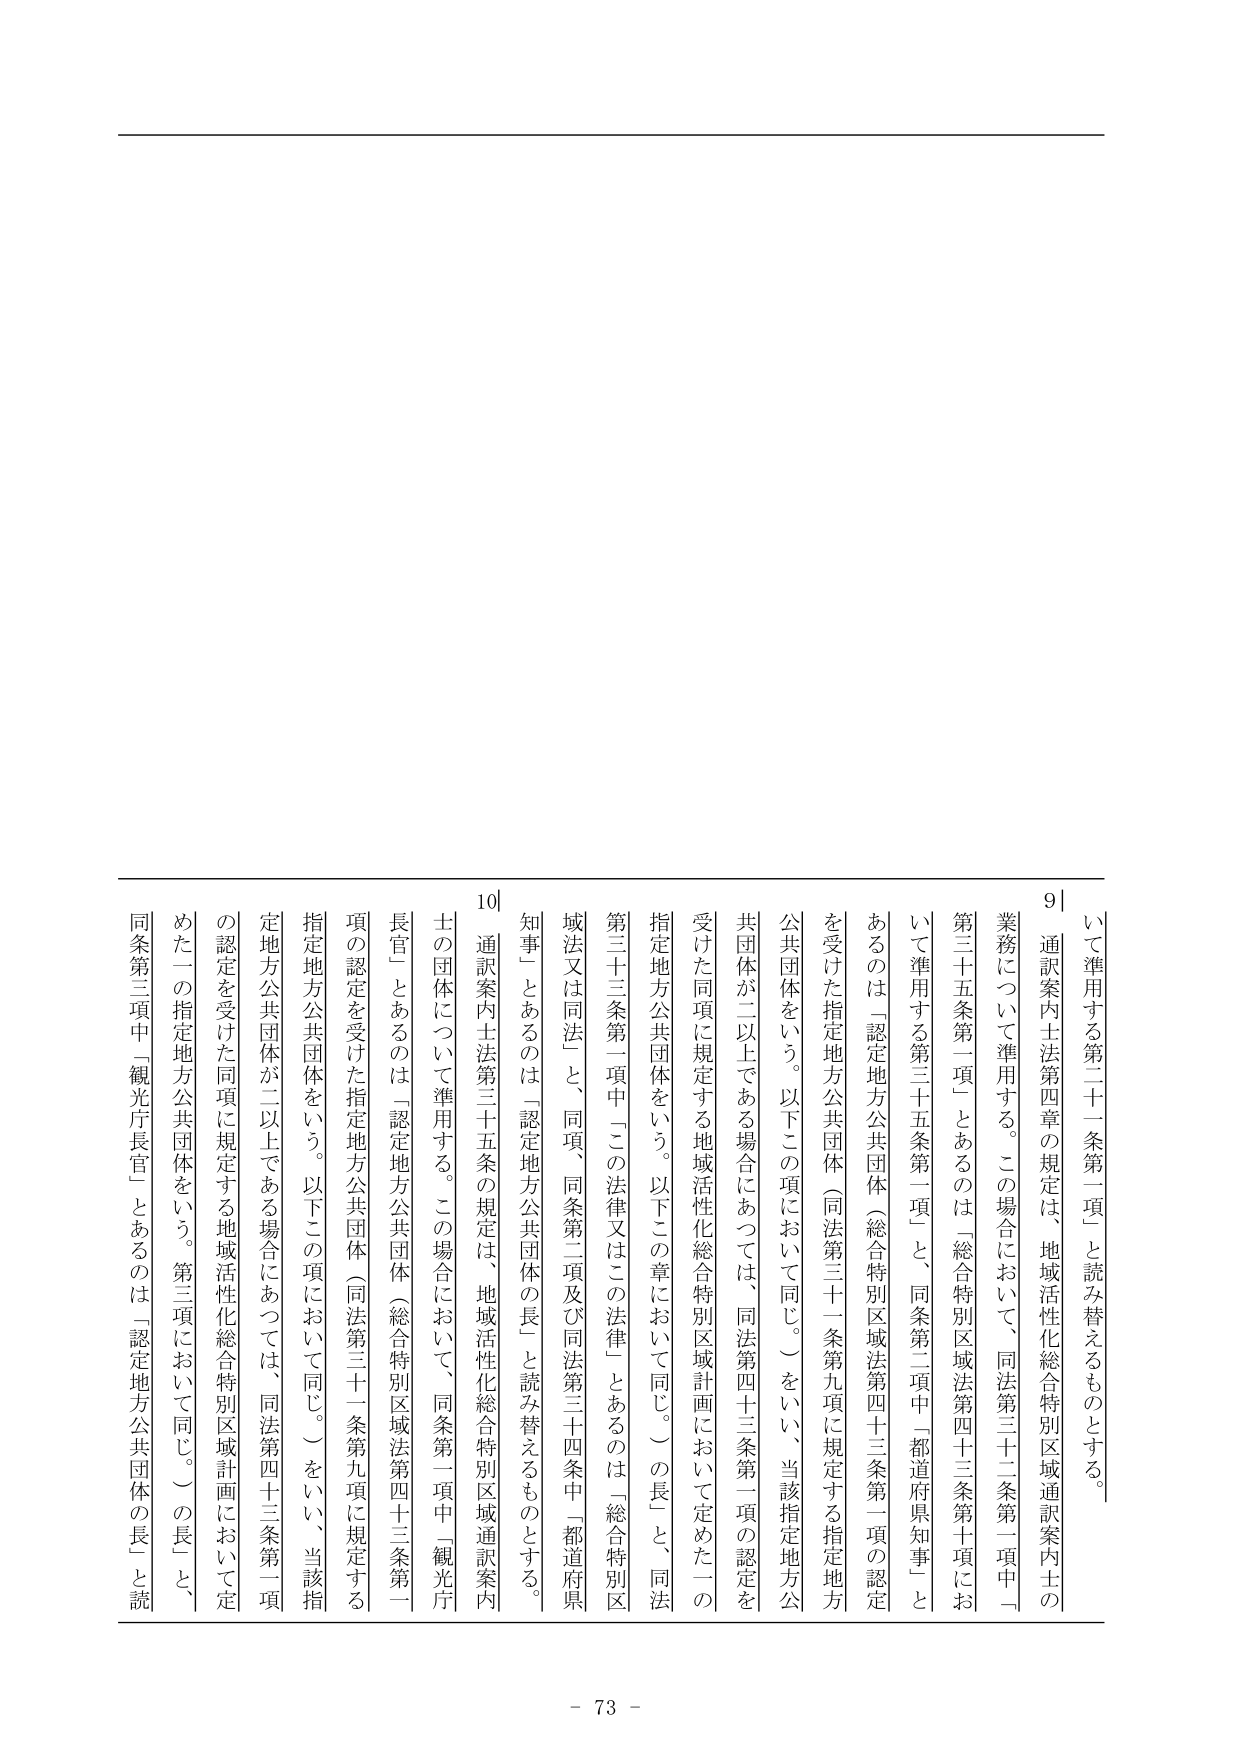
いて準用する第二十一条第一項」と読み替えるものとする。
9| 通訳案内士法第四章の規定は、地域活性化総合特別区域通訳案内士の
業務について準用する。この場合において、同法第三十二条第一項中「
第三十五条第一項」とあるのは「総合特別区域法第四十三条第十項にお
いて準用する第三十五条第一項」と、同条第二項中「都道府県知事」と
あるのは「認定地方公共団体（総合特別区域法第四十三条第一項の認定
を受けた指定地方公共団体（同法第三十一条第九項に規定する指定地方
公共団体をいう。以下この項において同じ。）をいい、当該指定地方公
共団体が二以上である場合にあっては、同法第四十三条第一項の認定を
受けた同項に規定する地域活性化総合特別区域計画において定めた一の
指定地方公共団体をいう。以下この章において同じ。）の長」と、同法
第三十三条第一項中「この法律又はこの法律」とあるのは「総合特別区
域法又は同法」と、同項、同条第二項及び同法第二十四条中「都道府県
知事」とあるのは「認定地方公共団体の長」と読み替えるものとする。
10| 通訳案内士法第三十五条の規定は、地域活性化総合特別区域通訳案内
士の団体について準用する。この場合において、同条第一項中「観光庁
長官」とあるのは「認定地方公共団体（総合特別区域法第四十三条第一
項の認定を受けた指定地方公共団体（同法第三十一条第九項に規定する
指定地方公共団体をいう。以下この項において同じ。）をいい、当該指
定地方公共団体が二以上である場合にあっては、同法第四十三条第一項
の認定を受けた同項に規定する地域活性化総合特別区域計画において定
めた一の指定地方公共団体をいう。第三項において同じ。）の長」と、
同条第三項中「観光庁長官」とあるのは「認定地方公共団体の長」と読

- 73 -